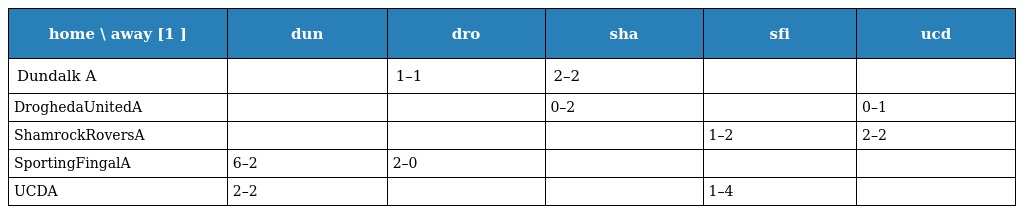
| home \ away [1 ] | dun | dro | sha | sfi | ucd |
 | --- | --- | --- | --- | --- | --- |
 | Dundalk A |  | 1–1 | 2–2 |  |  |
 | DroghedaUnitedA |  |  | 0–2 |  | 0–1 |
 | ShamrockRoversA |  |  |  | 1–2 | 2–2 |
 | SportingFingalA | 6–2 | 2–0 |  |  |  |
 | UCDA | 2–2 |  |  | 1–4 |  |